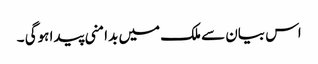
اس بیان سے ملک میں بدامنی پیدا ہوگی ۔